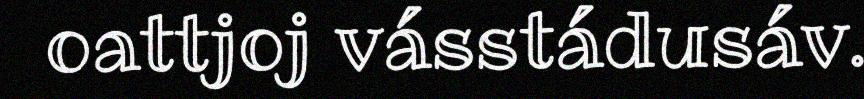
oattjoj vásstádusáv.